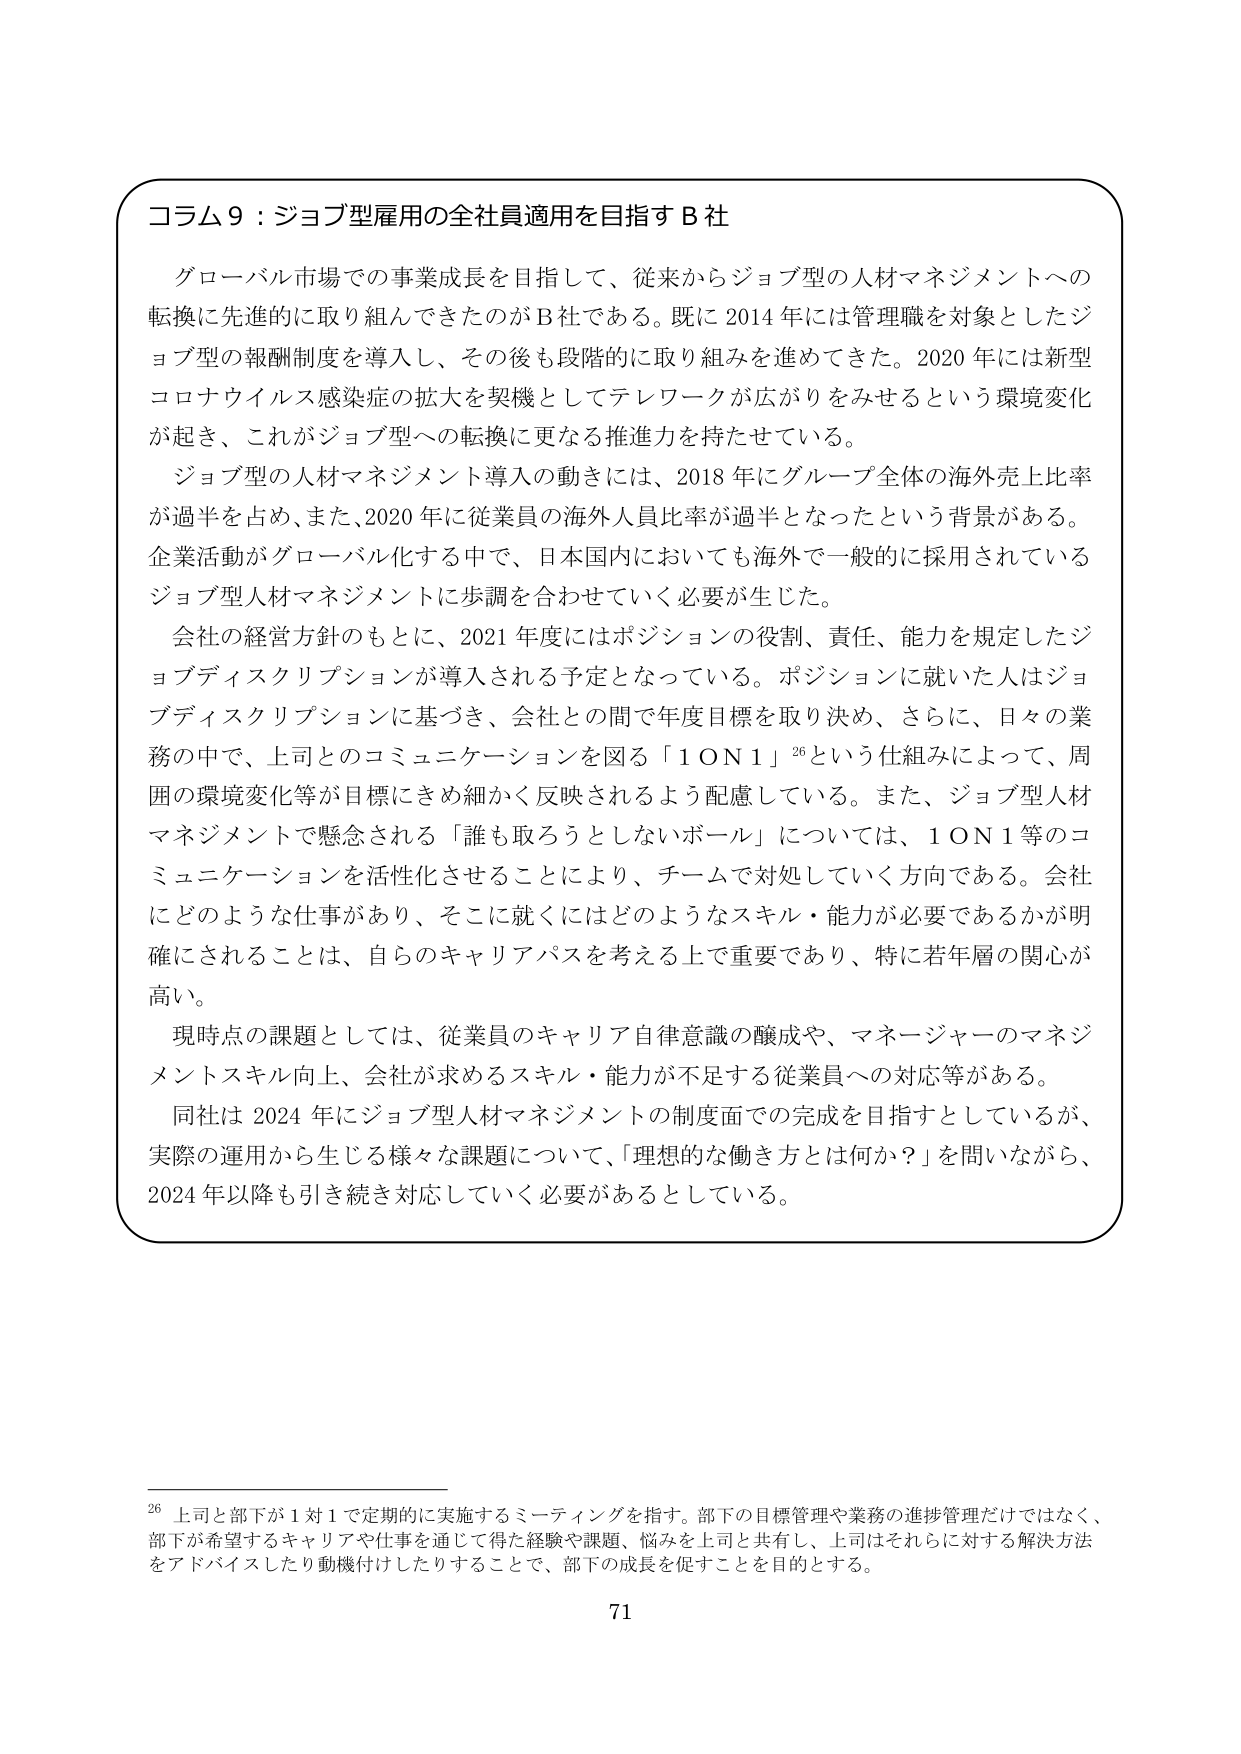
コラム９：ジョブ型雇用の全社員適用を目指すＢ社

グローバル市場での事業成長を目指して、従来からジョブ型の人材マネジメントへの転換に先進的に取り組んできたのがＢ社である。既に2014年には管理職を対象としたジョブ型の報酬制度を導入し、その後も段階的に取り組みを進めてきた。2020年には新型コロナウイルス感染症の拡大を契機としてテレワークが広がりをみせるという環境変化が起き、これがジョブ型への転換に更なる推進力を持たせている。

ジョブ型の人材マネジメント導入の動きには、2018年にグループ全体の海外売上比率が過半を占め、また、2020年に従業員の海外人員比率が過半となったという背景がある。企業活動がグローバル化する中で、日本国内においても海外で一般的に採用されているジョブ型人材マネジメントに歩調を合わせていく必要が生じた。

会社の経営方針のもとに、2021年度にはポジションの役割、責任、能力を規定したジョブディスクリプションが導入される予定となっている。ポジションに就いた人はジョブディスクリプションに基づき、会社との間で年度目標を取り決め、さらに、日々の業務の中で、上司とのコミュニケーションを図る「１ＯＮ１」26という仕組みによって、周囲の環境変化等が目標にきめ細かく反映されるよう配慮している。また、ジョブ型人材マネジメントで懸念される「誰も取ろうとしないボール」については、１ＯＮ１等のコミュニケーションを活性化させることにより、チームで対処していく方向である。会社にどのような仕事があり、そこに就くにはどのようなスキル・能力が必要であるかが明確にされることは、自らのキャリアパスを考える上で重要であり、特に若年層の関心が高い。

現時点の課題としては、従業員のキャリア自律意識の醸成や、マネージャーのマネジメントスキル向上、会社が求めるスキル・能力が不足する従業員への対応等がある。

同社は2024年にジョブ型人材マネジメントの制度面での完成を目指すとしているが、実際の運用から生じる様々な課題について、「理想的な働き方とは何か？」を問いながら、2024年以降も引き続き対応していく必要があるとしている。

26 上司と部下が１対１で定期的に実施するミーティングを指す。部下の目標管理や業務の進捗管理だけではなく、部下が希望するキャリアや仕事を通じて得た経験や課題、悩みを上司と共有し、上司はそれらに対する解決方法をアドバイスしたり動機付けしたりすることで、部下の成長を促すことを目的とする。

71